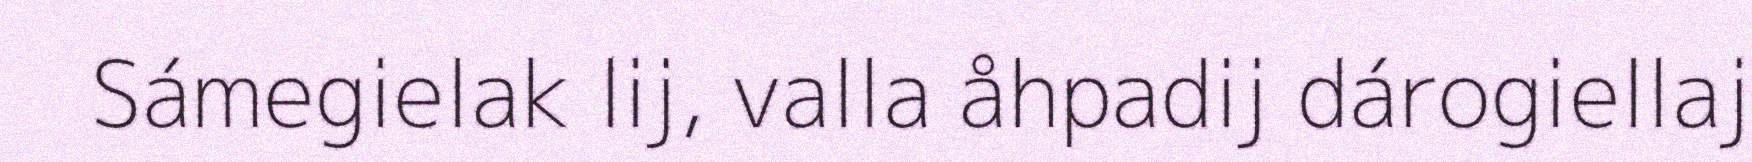
Sámegielak lij, valla åhpadij dárogiellaj